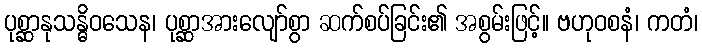
ပုစ္ဆာနုသန္ဓိဝသေန၊ ပုစ္ဆာအားလျော်စွာ ဆက်စပ်ခြင်း၏ အစွမ်းဖြင့်။ ဗဟုဝစနံ၊ ကတံ၊